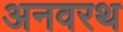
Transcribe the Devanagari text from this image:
अनवरथ